Vaccine operations Central Provinces 1886-1899 - 1886-1899
Year: 1886
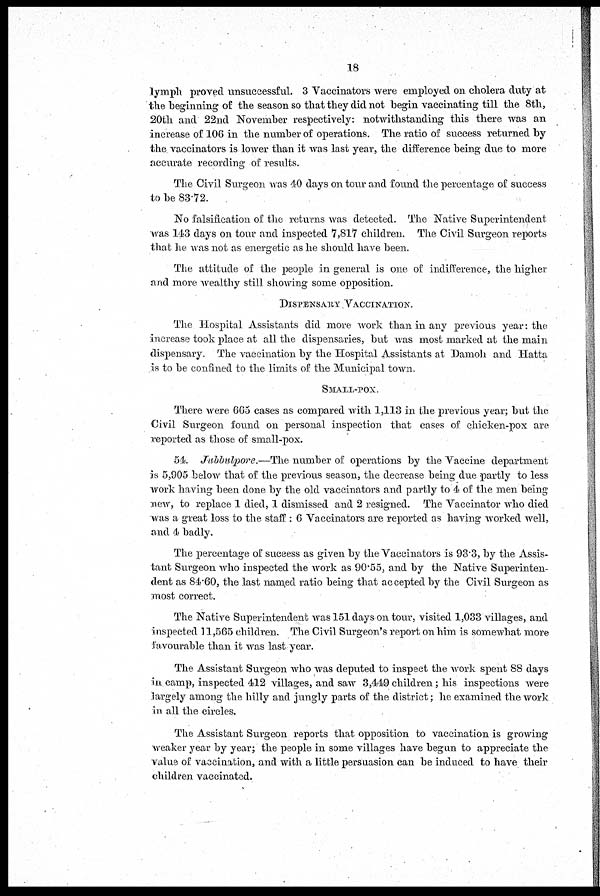
18
lymph proved unsuccessful. 3 Vaccinators were employed on cholera duty at
the beginning of the season so that they did not begin vaccinating till the 8th,
20th and 22nd November respectively: notwithstanding this there was an
increase of 106 in the number of operations. The ratio of success returned by
the vaccinators is lower than it was last year, the difference being due to more
accurate recording of results.
The Civil Surgeon was 40 days on tour and found the percentage of success
to be 83.72.
No falsification of the returns was detected. The Native Superintendent
was 143 days on tour and inspected 7,817 children. The Civil Surgeon reports
that he was not as energetic as he should have been.
The attitude of the people in general is one of indifference, the higher
and more wealthy still showing some opposition.
DISPENSARY VACCINATION.
The Hospital Assistants did more work than in any previous year: the
increase took place at all the dispensaries, but was most marked at the main
dispensary. The vaccination by the Hospital Assistants at Damoh and Hatta
is to be confined to the limits of the Municipal town.
SMALL-POX.
There were 665 cases as compared with 1,113 in the previous year; but the
Civil Surgeon found on personal inspection that cases of chicken-pox are
reported as those of small-pox.
54. Jubbulpore.—The number of operations by the Vaccine department
is 5,905 below that of the previous season, the decrease being due partly to less
work having been done by the old vaccinators and partly to 4 of the men being
new, to replace 1 died, 1 dismissed and 2 resigned. The Vaccinator who died
was a great loss to the staff : 6 Vaccinators are reported as having worked well,
and 4 badly.
The percentage of success as given by the Vaccinators is 93.3, by the Assis-
tant Surgeon who inspected the work as 90.55, and by the Native Superinten-
dent as 84.60, the last named ratio being that accepted by the Civil Surgeon as
most correct.
The Native Superintendent was 151 days on tour, visited 1,033 villages, and
inspected 11,565 children. The Civil Surgeon's report on him is somewhat more
favourable than it was last year.
The Assistant Surgeon who was deputed to inspect the work spent 88 days
in camp, inspected 412 villages, and saw 3,449 children; his inspections were
largely among the hilly and jungly parts of the district; he examined the work
in all the circles.
The Assistant Surgeon reports that opposition to vaccination is growing
weaker year by year; the people in some villages have began to appreciate the
value of vaccination, and with a little persuasion can be induced to have their
children vaccinated.